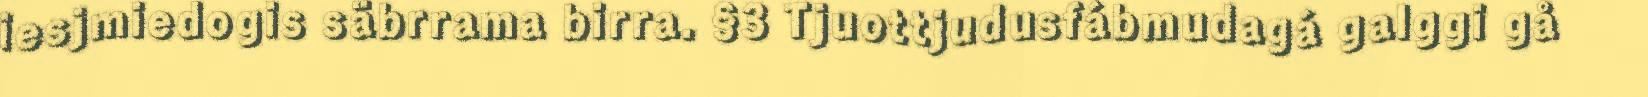
iesjmiedogis säbrrama birra. §3 Tjuottjudusfábmudagá galggi gå